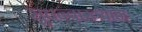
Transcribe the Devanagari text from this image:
सुधन्वाख्यान